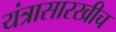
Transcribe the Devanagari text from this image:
यंत्रासारखीच